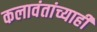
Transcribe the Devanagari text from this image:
कलावंतांच्याही